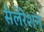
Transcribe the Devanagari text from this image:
सेलेरेशन